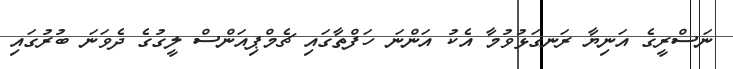
ނަސްރީގެ އަނިޔާ ރަނގަޅުވުމާ އެކު އަންނަ ހަފްތާގައި ޗެމްޕިއަންސް ލީގުގެ ދެވަނަ ބުރުގައި